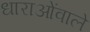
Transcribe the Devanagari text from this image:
धाराओंवाले